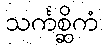
သင်္ကစ္ဆိကံ